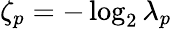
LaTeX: \zeta_{p}=-\log_{2}\lambda_{p}